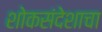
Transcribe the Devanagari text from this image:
शोकसंदेशाचा